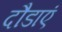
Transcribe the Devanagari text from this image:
दौडाएं